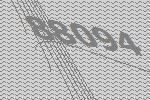
88094